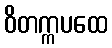
ဝိတက္ကပထေ